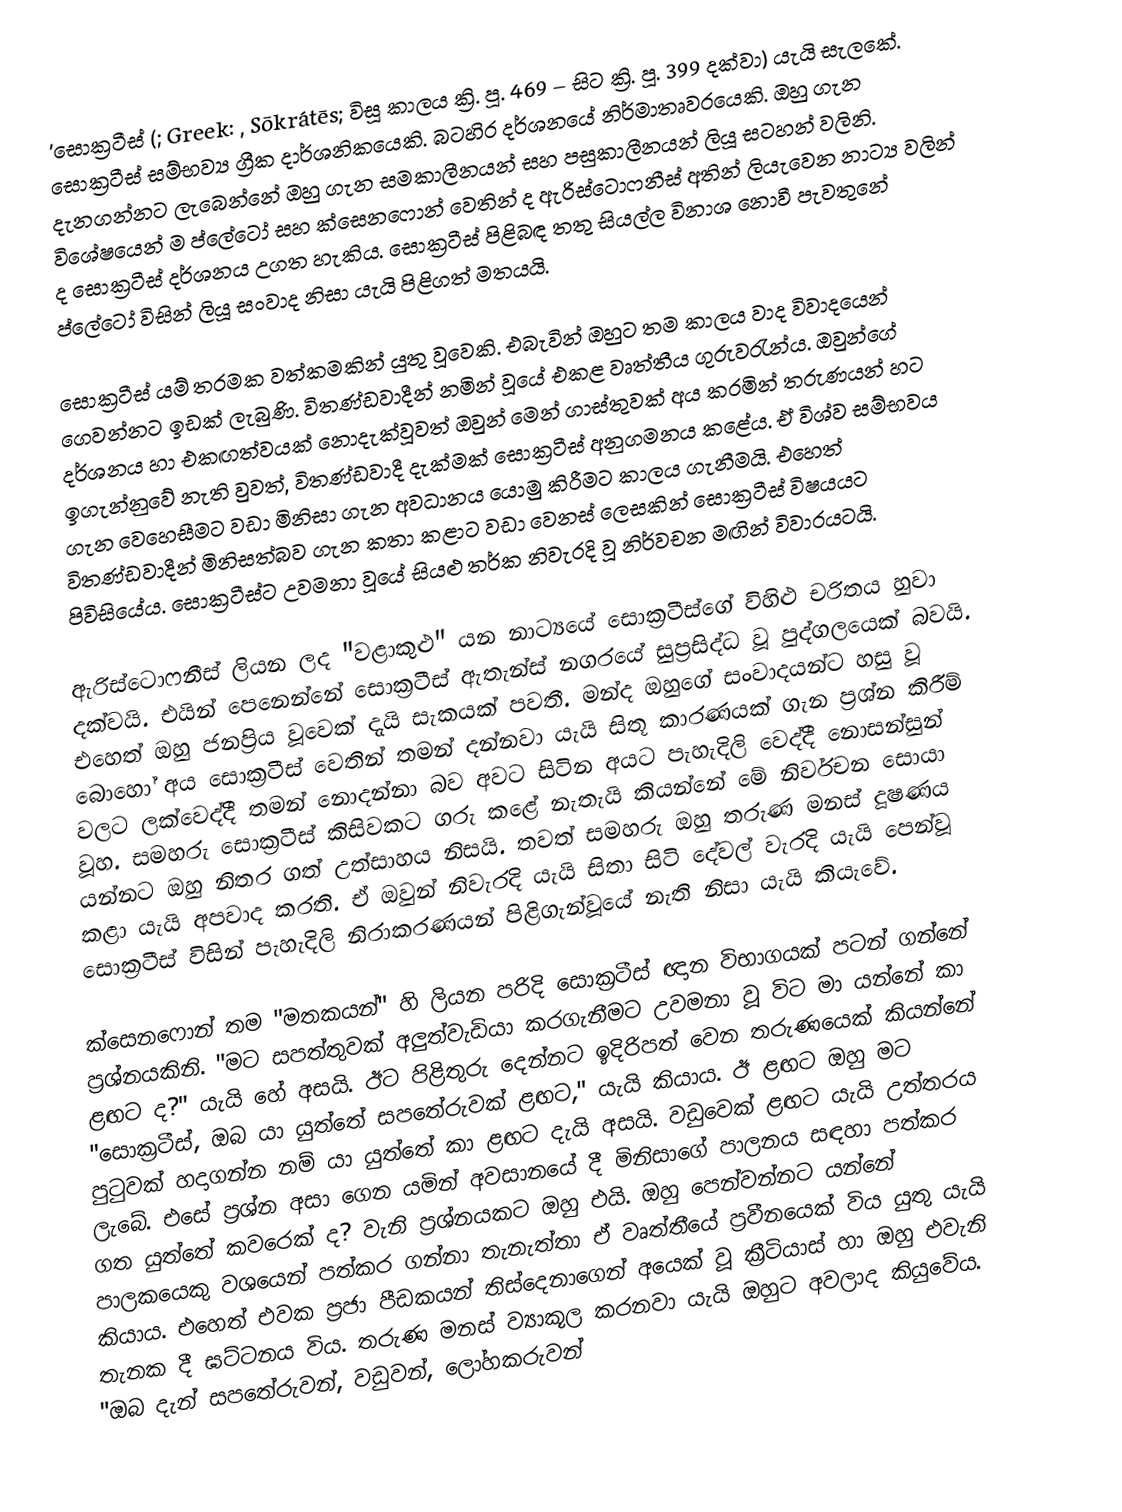
'සොක්‍රටීස් (; Greek: ,  Sōkrátēs; විසූ කාලය ක්‍රි. පූ. 469 –  සිට ක්‍රි. පූ. 399 දක්වා) යැයි සැලකේ. සොක්‍රටීස් සම්භව්‍ය ග්‍රීක දාර්ශනිකයෙකි. බටහිර දර්ශනයේ නිර්මාතෘවරයෙකි. ඔහු ගැන දැනගන්නට ලැබෙන්නේ ඔහු ගැන සමකාලීනයන් සහ පසුකාලීනයන් ලියූ සටහන් වලිනි. විශේෂයෙන් ම ප්ලේටෝ සහ ක්සෙනෆොන් වෙතින් ද ඇරිස්ටොෆනීස් අතින් ලියැවෙන නාට්‍ය වලින් ද සොක්‍රටීස් දර්ශනය උගත හැකිය. සොක්‍රටීස් පිළිබඳ තතු සියල්ල විනාශ නොවී පැවතුනේ ප්ලේටෝ විසින් ලියූ සංවාද නිසා යැයි පිළිගත් මතයයි.

සොක්‍රටීස් යම් තරමක වත්කමකින් යුතු වූවෙකි. එබැවින් ඔහුට තම කාලය වාද විවාදයෙන් ගෙවන්නට ඉඩක් ලැබුණි. විතණ්ඩවාදීන් නමින් වූයේ එකළ වෘත්තීය ගුරුවරැන්ය. ඔවුන්ගේ දර්ශනය හා එකඟත්වයක් නොදැක්වූවත් ඔවුන් මෙන් ගාස්තුවක් අය කරමින් තරුණයන් හට ඉගැන්නුවේ නැති වුවත්, විතණ්ඩවාදී දැක්මක් සොක්‍රටීස් අනුගමනය කළේය. ඒ විශ්ව සම්භවය ගැන වෙහෙසීමට වඩා මිනිසා ගැන අවධානය යොමු කිරීමට කාලය ගැනීමයි. එහෙත් විතණ්ඩවාදීන් මිනිසත්බව ගැන කතා කළාට වඩා වෙනස් ලෙසකින් සොක්‍රටීස් විෂයයට පිවිසියේය. සොක්‍රටීස්ට උවමනා වූයේ සියළු තර්ක නිවැරදි වූ නිර්වචන මඟින් විවාරයටයි.

ඇරිස්ටොෆනීස් ලියන ලද "වළාකුළු" යන නාට්‍යයේ සොක්‍රටීස්ගේ විහිළු චරිතය හුවා දක්වයි. එයින් පෙනෙන්නේ සොක්‍රටීස් ඇතැන්ස් නගරයේ සුප්‍රසිද්ධ වූ පුද්ගලයෙක් බවයි. එහෙත් ඔහු ජනප්‍රිය වූවෙක් දැයි සැකයක් පවතී. මන්ද ඔහුගේ සංවාදයන්ට හසු වූ බොහෝ අය සොක්‍රටීස් වෙතින් තමන් දන්නවා යැයි සිතූ කාරණයක් ගැන ප්‍රශ්න කිරීම් වලට ලක්වෙද්දී තමන් නොදන්නා බව අවට සිටින අයට පැහැදිලි වෙද්දී නොසන්සුන් වූහ. සමහරු සොක්‍රටීස් කිසිවකට ගරු කළේ නැතැයි කියන්නේ මේ නිර්වචන සොයා යන්නට ඔහු නිතර ගත් උත්සාහය නිසයි. තවත් සමහරු ඔහු තරුණ මනස් දූෂණය කළා යැයි අපවාද කරති. ඒ ඔවුන් නිවැරදි යැයි සිතා සිටි දේවල් වැරදි යැයි පෙන්වූ සොක්‍රටීස් විසින් පැහැදිලි නිරාකරණයන් පිළිගැන්වූයේ නැති නිසා යැයි කියැවේ.

ක්සෙනෆොන් තම "මතකයන්" හි ලියන පරිදි සොක්‍රටීස් ඥාන විභාගයක් පටන් ගන්නේ ප්‍රශ්නයකිනි. "මට සපත්තුවක් අලුත්වැඩියා කරගැනීමට උවමනා වූ විට මා යන්නේ කා ළඟට ද?" යැයි හේ අසයි. ඊට පිළිතුරු දෙන්නට ඉදිරිපත් වෙන තරුණයෙක් කියන්නේ "සොක්‍රටීස්, ඔබ යා යුත්තේ සපතේරුවක් ළඟට," යැයි කියාය. ඊ ළඟට ඔහු මට පුටුවක් හදාගන්න නම් යා යුත්තේ කා ළඟට දැයි අසයි. වඩුවෙක් ළඟට යැයි උත්තරය ලැබේ. එසේ ප්‍රශ්න අසා ගෙන යමින් අවසානයේ දී මිනිසාගේ පාලනය සඳහා පත්කර ගත යුත්තේ කවරෙක් ද? වැනි ප්‍රශ්නයකට ඔහු එයි. ඔහු පෙන්වන්නට යන්නේ පාලකයෙකු වශයෙන් පත්කර ගන්නා තැනැත්තා ඒ වෘත්තීයේ ප්‍රවීනයෙක් විය යුතු යැයි කියාය. එහෙත් එවක ප්‍රජා පීඩකයන් තිස්දෙනාගෙන් අයෙක් වූ ක්‍රීටියාස් හා ඔහු එවැනි තැනක දී ඝට්ටනය විය. තරුණ මනස් ව්‍යාකූල කරනවා යැයි ඔහුට අවලාද කියුවේය. "ඔබ දැන් සපතේරුවන්, වඩුවන්, ලෝහකරුවන්